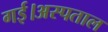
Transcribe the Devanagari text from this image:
गई।अस्पताल